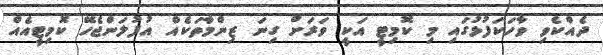
ދެއްކެވި ވާހަކަފުޅުގައި މި ކޮމިޓީ އަކީ ވަރަށް ގިނަ ޒިންމާތަކެއް އުފުލަންޖެހޭ ކޮމިޓީއެއް